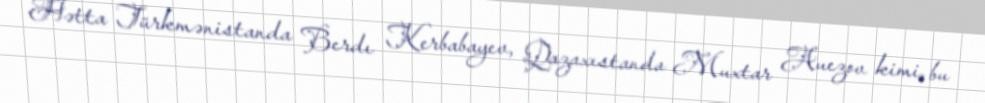
Hətta Türkmənistanda Berdı Kerbabayev, Qazaxıstanda Muxtar Auezov kimi, bu